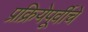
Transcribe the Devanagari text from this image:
प्रक्रियेपूर्वीचे